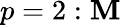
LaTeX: p=2:\mathbf{M}